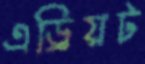
এড্রিয়ট